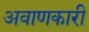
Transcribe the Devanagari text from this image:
अवाणकारी